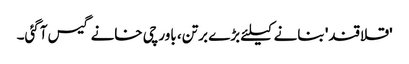
'قلاقند' بنانے کیلئے بڑے برتن، باورچی خانے گیس آگئی۔